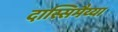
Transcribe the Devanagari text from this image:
दास्सिमैय्या